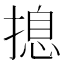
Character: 𱠢